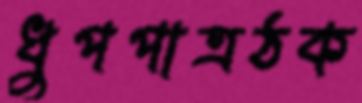
ধুপপাত্রঠক